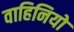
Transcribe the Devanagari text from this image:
वाहिनियो